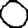
Digit: 0